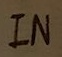
Text: IN